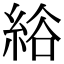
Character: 綌